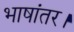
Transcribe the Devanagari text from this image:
भाषांतर।